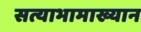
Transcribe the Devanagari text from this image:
सत्याभामाख्यान